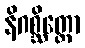
နိဂစ္ဆိတ္ထော